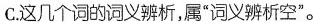
C.这几个词的词义辨析，属”词义辨析空”。